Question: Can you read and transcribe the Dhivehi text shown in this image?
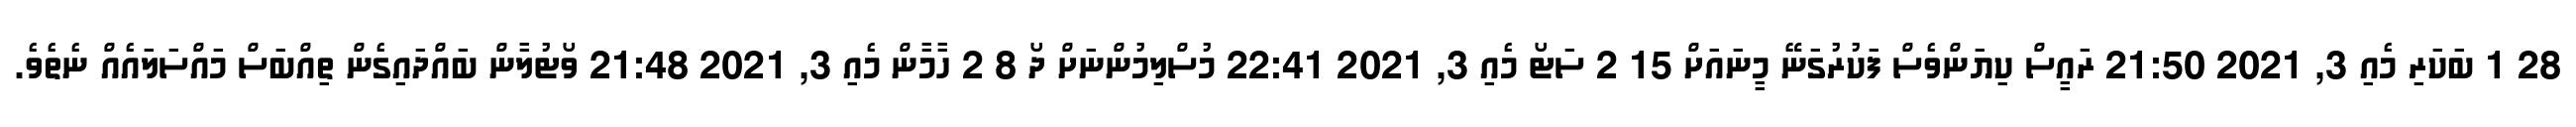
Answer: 28 1 ބަކަރި މެއި 3, 2021 21:50 ރައީސް ކިޔަންވެސް ފަކުރުގަނޭ މީނައަށް 15 2 ސަޓޯ މެއި 3, 2021 22:41 މުސްލިމުންނަށް ދޯ 8 2 ހާމާން މެއި 3, 2021 21:48 ވޯޓުލާން ބައްދައިގެން ތިއްބަސް މައްސަލައެއް ނެތެވެ.